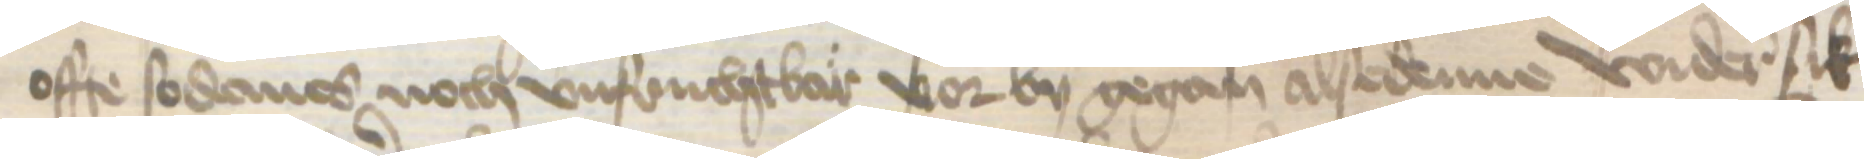
offe sodanes noch vnfruchtbar vor by gegan alsedenne wider sik